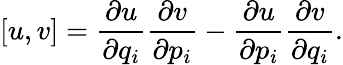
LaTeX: [u,v]={\frac{\partial u}{\partial q_{i}}}{\frac{\partial v}{\partial p_{i}}}-{\frac{\partial u}{\partial p_{i}}}{\frac{\partial v}{\partial q_{i}}}.